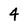
Character: 4